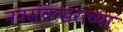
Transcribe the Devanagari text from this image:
नवसंवत्सराच्या